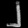
Digit: ၂